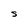
Character: S